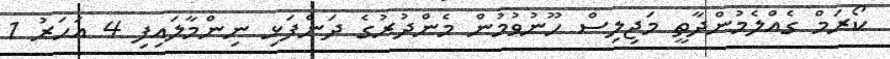
ކޯރަމް ގެއްލެމުންދާތީ މަޖިލިސް ހޫނުވުމުން މެންދުރުގެ ދަންފަޅި ނިންމާލައިފި 4 އަހަރު 1